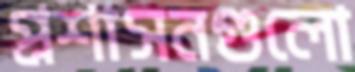
প্রশাসনগুলো